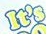
It's